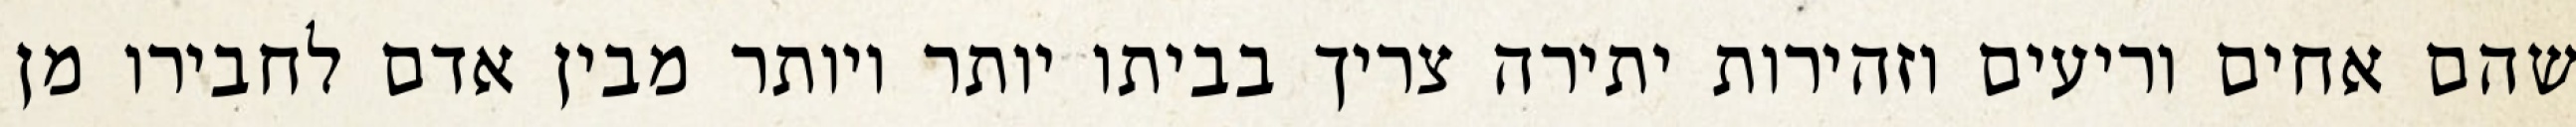
שהם אחים וריעים וזהירות יתירה צריך בביתו יותר ויותר מבין אדם לחבירו מן